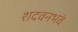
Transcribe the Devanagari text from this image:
शदवनभवं